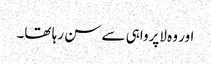
اور وہ لاپرواہی سے سن رہا تھا۔